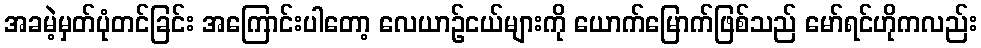
အခမဲ့မှတ်ပုံတင်ခြင်း အကြောင်းပါတော့ လေယာဉ်ငယ်များကို ယောက်မြောက်ဖြစ်သည် မော်ရင်ဟိုကလည်း